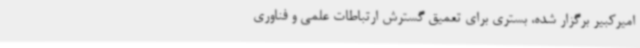
امیرکبیر برگزار شده، بستری برای تعمیق گسترش ارتباطات علمی و فناوری